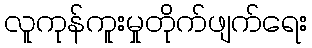
လူကုန်ကူးမှုတိုက်ဖျက်ရေး